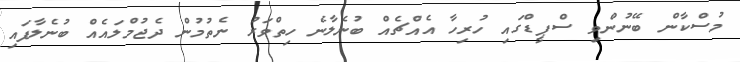
މުސްކާން ބޭނުންވި ސްޕީޑްގައި ހުރިހާ އެއްޗެއް ބުނެލާނެ ހިތްވަރު ނެތުމުން ދެޖުމްލައެއް ބުނެލާފައި